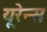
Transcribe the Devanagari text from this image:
यूरेन्स